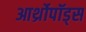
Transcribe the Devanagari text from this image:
आर्थ्रोपॉड्स